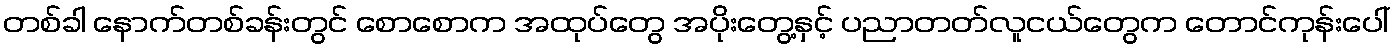
တစ်ခါ နောက်တစ်ခန်းတွင် စောစောက အထုပ်တွေ အပိုးတွေ့နှင့် ပညာတတ်လူငယ်တွေက တောင်ကုန်းပေါ်